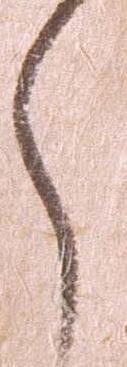
々